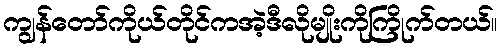
ကျွန်တော်ကိုယ်တိုင်ကအဲ့ဒီလိုမျိုးကိုကြိုက်တယ်။